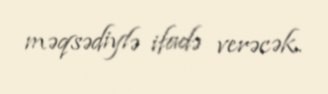
məqsədiylə ifadə verəcək.